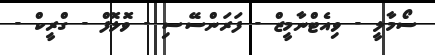
ސޯމާލީ - ވިއެޓްނާމީޒް - ފަރަންސޭސި - ވޮލޮފް - ގްރީކް -